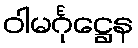
ဝါမင်္ဂုဋ္ဌေန